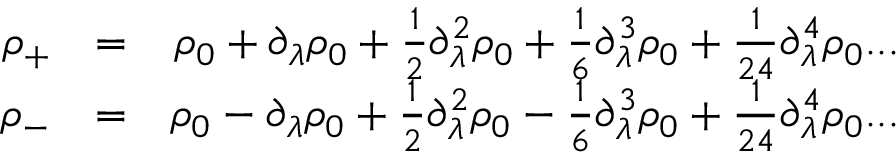
\begin{array} { r l r } { \rho _ { + } } & { = } & { \rho _ { 0 } + \partial _ { \lambda } \rho _ { 0 } + \frac { 1 } { 2 } \partial _ { \lambda } ^ { 2 } \rho _ { 0 } + \frac { 1 } { 6 } \partial _ { \lambda } ^ { 3 } \rho _ { 0 } + \frac { 1 } { 2 4 } \partial _ { \lambda } ^ { 4 } \rho _ { 0 } . . . } \\ { \rho _ { - } } & { = } & { \rho _ { 0 } - \partial _ { \lambda } \rho _ { 0 } + \frac { 1 } { 2 } \partial _ { \lambda } ^ { 2 } \rho _ { 0 } - \frac { 1 } { 6 } \partial _ { \lambda } ^ { 3 } \rho _ { 0 } + \frac { 1 } { 2 4 } \partial _ { \lambda } ^ { 4 } \rho _ { 0 } . . . } \end{array}